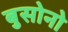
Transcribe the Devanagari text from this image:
बुसोनो